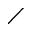
\diagup